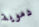
دموية